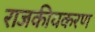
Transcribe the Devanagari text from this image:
राजकीयकरण